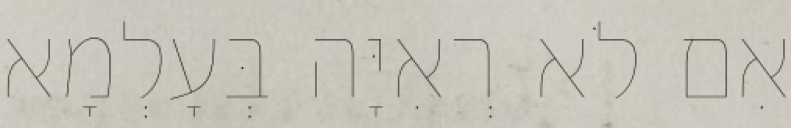
אִם לֹא רְאִיָּה בְּעָלְמָא